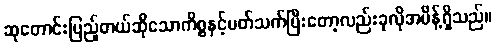
ဆုတောင်းပြည့်တယ်ဆိုသောကိစ္စနှင့်ပတ်သက်ပြီးတော့လည်းခုလိုအမိန့်ရှိသည်။